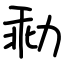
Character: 㔞